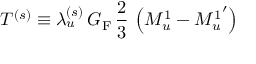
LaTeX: T ^ { ( s ) } \equiv \lambda _ { u } ^ { ( s ) } \, G _ { \mathrm { F } } \, \frac { 2 } { 3 } \, \left( M _ { u } ^ { 1 } - { M _ { u } ^ { 1 } } ^ { \prime } \right)